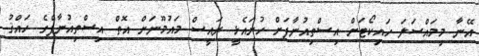
އޭނާ މިމައްސަލަ ހައިކޯޓަށް އިސްތިއުނާފަށް ހުށައެޅީ ރައީސް މައުމޫނަށް އޮތް އިސްތިއުނާފްގެ ހައްޤު